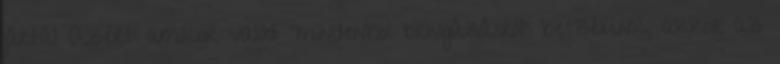
jártál Azért amikor valódi “mindenhol bringázásról” beszélünk, akkor az